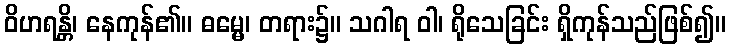
ဝိဟရန္တိ၊ နေကုန်၏။ ဓမ္မေ၊ တရား၌။ သဂါရ ဝါ၊ ရိုသေခြင်း ရှိကုန်သည်ဖြစ်၍။